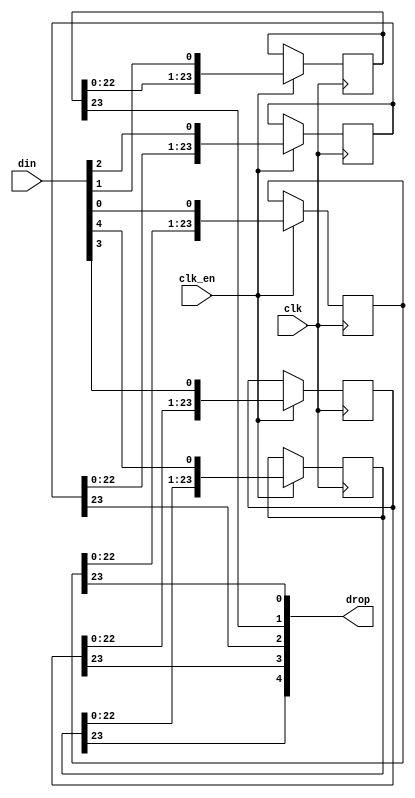
module jt12_sh #(parameter width=5, stages=24 )
(
	input 				clk,
	input				clk_en /* synthesis direct_enable */,
	input	[width-1:0]	din,
   	output	[width-1:0]	drop
);

reg [stages-1:0] bits[width-1:0];

genvar i;
generate
	for (i=0; i < width; i=i+1) begin: bit_shifter
		always @(posedge clk) if(clk_en) begin
			bits[i] <= {bits[i][stages-2:0], din[i]};
		end
		assign drop[i] = bits[i][stages-1];
	end
endgenerate

endmodule